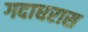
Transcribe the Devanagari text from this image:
गदाधरास